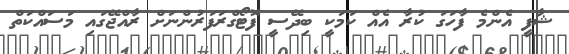
ޝާފީ އެންމެ ފާހަގަ ކުރާ އެއް ކަމަކީ ބިދޭސީ ފޮޓޯގްރަފަރުންނަށް ރާއްޖޭގައި މަސައްކަތް